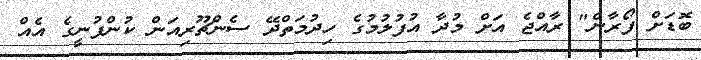
ބޮޑަށް ފޯރާނެ" ރާއްޖެ އަށް މުދާ އުފުލުމުގެ ހިދުމަތްދޭ ސެންޗޫރިއަން ކުންފުނީގެ އެއް